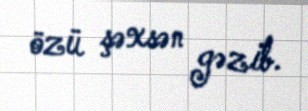
özü şəxsən gəzib.